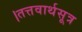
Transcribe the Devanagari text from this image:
।तत्तवार्थसूत्र